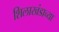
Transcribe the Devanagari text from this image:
शिलाखंडाच्या